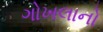
ગોખલાનો